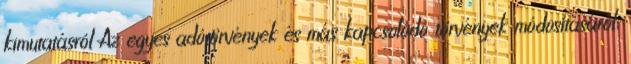
kimutatásról Az egyes adótörvények és más kapcsolódó törvények módosításáról,